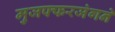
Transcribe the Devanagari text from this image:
मुजफ्फरजंगने